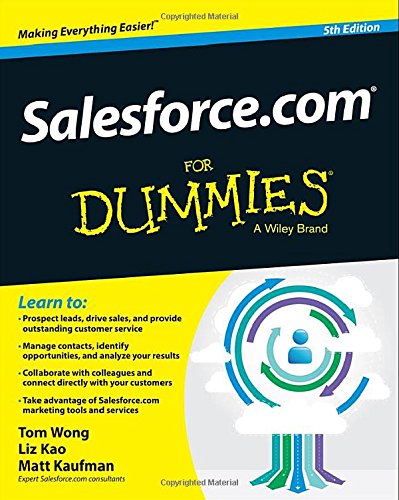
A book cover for Salesforce.com For Dummies; Tom Wong; Computers & Technology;